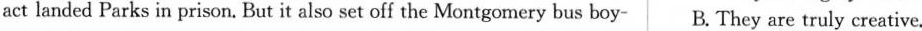
act landed Parks in prison. But it also set off the Montgomery bus boy- B.They are truly creative.